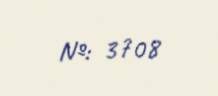
№: 3708